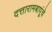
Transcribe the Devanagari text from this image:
दत्तारामबापूंचे